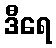
ဒီရေ